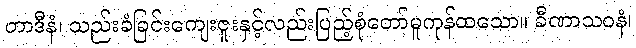
တာဒီနံ၊ သည်းခံခြင်းကျေးဇူးနှင့်လည်းပြည့်စုံတော်မူကုန်ထသော။ ခီဏာသဝနံ၊